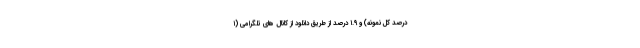
درصد کل نمونه) و ۱.۹ درصد از طریق دانلود از کانال­ های تلگرامی (۱